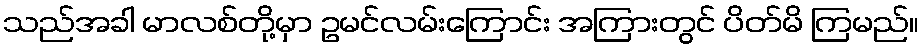
သည်အခါ မာလစ်တို့မှာ ဥမင်လမ်းကြောင်း အကြားတွင် ပိတ်မိ ကြမည်။